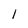
Character: 1